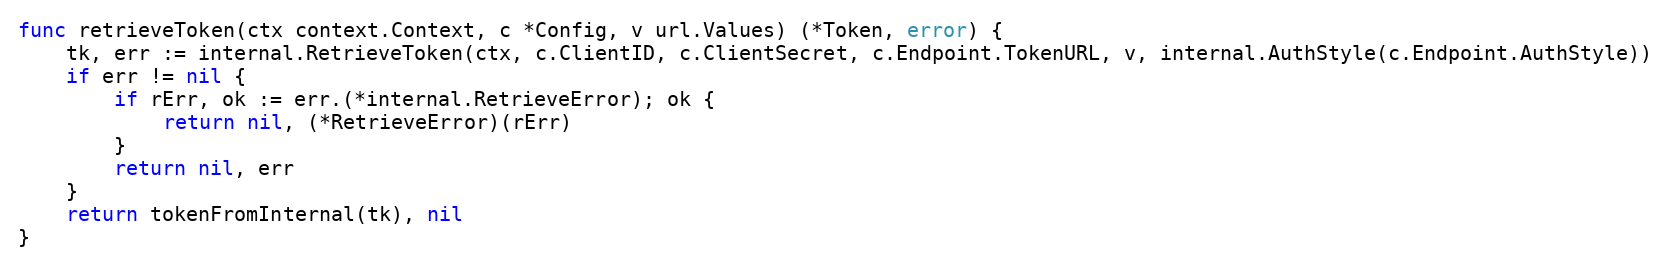
Language: Go
func retrieveToken(ctx context.Context, c *Config, v url.Values) (*Token, error) {
	tk, err := internal.RetrieveToken(ctx, c.ClientID, c.ClientSecret, c.Endpoint.TokenURL, v, internal.AuthStyle(c.Endpoint.AuthStyle))
	if err != nil {
		if rErr, ok := err.(*internal.RetrieveError); ok {
			return nil, (*RetrieveError)(rErr)
		}
		return nil, err
	}
	return tokenFromInternal(tk), nil
}